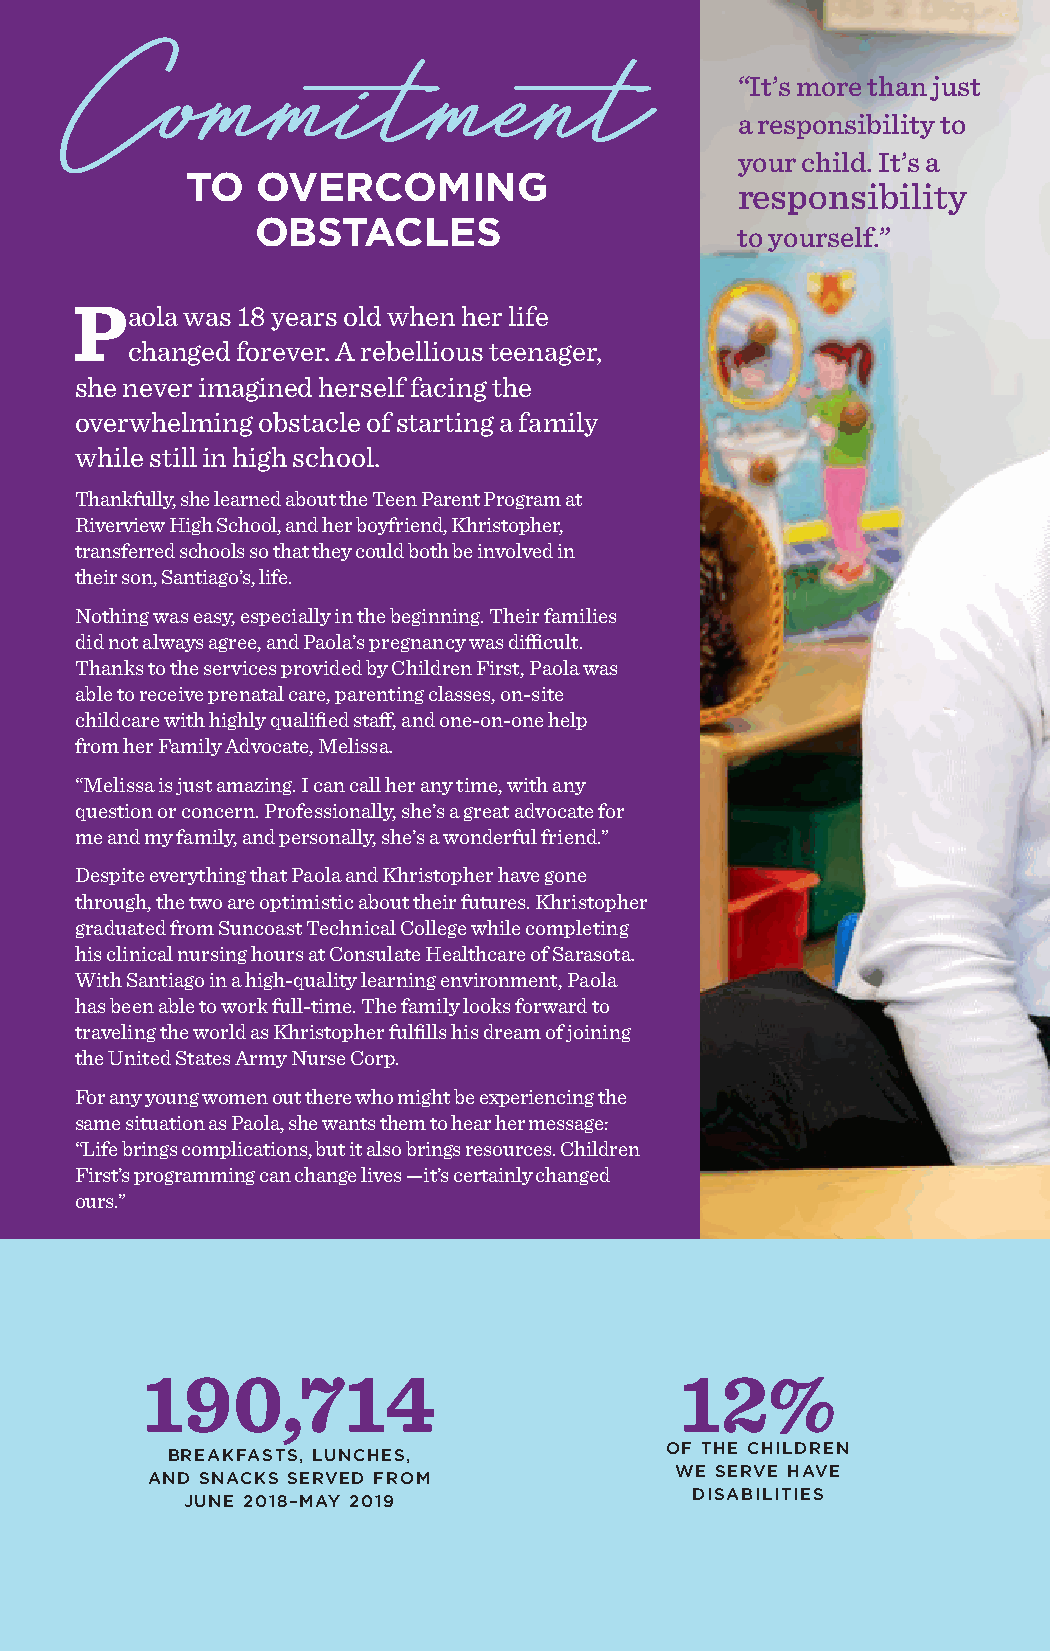
Commitment
 “It’s more than just
 a responsibility to
 your child. It’s a
 TO   OVERCOMING
 responsibility
 OBSTACLES
 to yourself.”
 Paola  was 18 years old when her life
 changed forever. A rebellious teenager,
 she never imagined herself facing the
 overwhelming obstacle of starting a family
 while still in high school.
 Thankfully, she learned about the Teen Parent Program at
 Riverview High School, and her boyfriend, Khristopher,
 transferred schools so that they could both be involved in
 their son, Santiago’s, life.
 Nothing was easy, especially in the beginning. Their families
 did not always agree, and Paola’s pregnancy was difficult.
 Thanks to the services provided by Children First, Paola was
 able to receive prenatal care, parenting classes, on-site
 childcare with highly qualified staff, and one-on-one help
 from her Family Advocate, Melissa.
 “Melissa is just amazing. I can call her any time, with any
 question or concern. Professionally, she’s a great advocate for
 me and my family, and personally, she’s a wonderful friend.”
 Despite everything that Paola and Khristopher have gone
 through, the two are optimistic about their futures. Khristopher
 graduated from Suncoast Technical College while completing
 his clinical nursing hours at Consulate Healthcare of Sarasota.
 With Santiago in a high-quality learning environment, Paola
 has been able to work full-time. The family looks forward to
 traveling the world as Khristopher fulfills his dream of joining
 the United States Army Nurse Corp.
 For any young women out there who might be experiencing the
 same situation as Paola, she wants them to hear her message:
 “Life brings complications, but it also brings resources. Children
 First’s programming can change lives —it’s certainly changed
 ours.”
 190,714                             12%
 BREAKFASTS, LUNCHES,             OF THE CHILDREN
 AND SNACKS SERVED FROM             WE SERVE HAVE
 JUNE 2018–MAY 2019                DISABILITIES